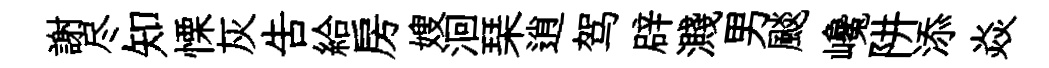
謝尽知慄灰告給房嫂洄琹逍驾辟濺男颷巉阱添焱